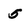
Character: 5